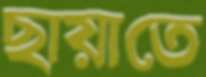
ছায়াতে